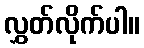
လွှတ်လိုက်ပါ။